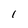
Character: 1